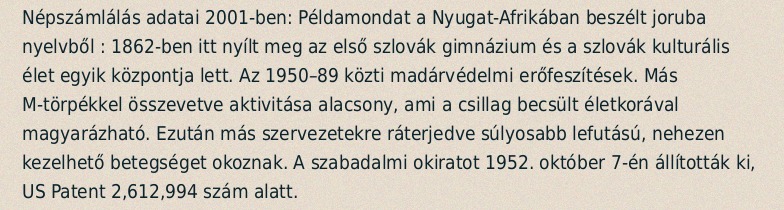
Népszámlálás adatai 2001-ben: Példamondat a Nyugat-Afrikában beszélt joruba nyelvből : 1862-ben itt nyílt meg az első szlovák gimnázium és a szlovák kulturális élet egyik központja lett. Az 1950–89 közti madárvédelmi erőfeszítések. Más M-törpékkel összevetve aktivitása alacsony, ami a csillag becsült életkorával magyarázható. Ezután más szervezetekre ráterjedve súlyosabb lefutású, nehezen kezelhető betegséget okoznak. A szabadalmi okiratot 1952. október 7-én állították ki, US Patent 2,612,994 szám alatt.